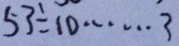
5 3 \div 1 0 \cdots 3